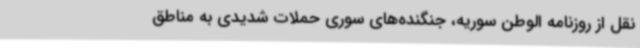
نقل از روزنامه الوطن سوریه، جنگنده‌های سوری حملات شدیدی به مناطق